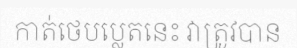
កាត់ថេបប្លេតនេះ វាត្រូវបាន